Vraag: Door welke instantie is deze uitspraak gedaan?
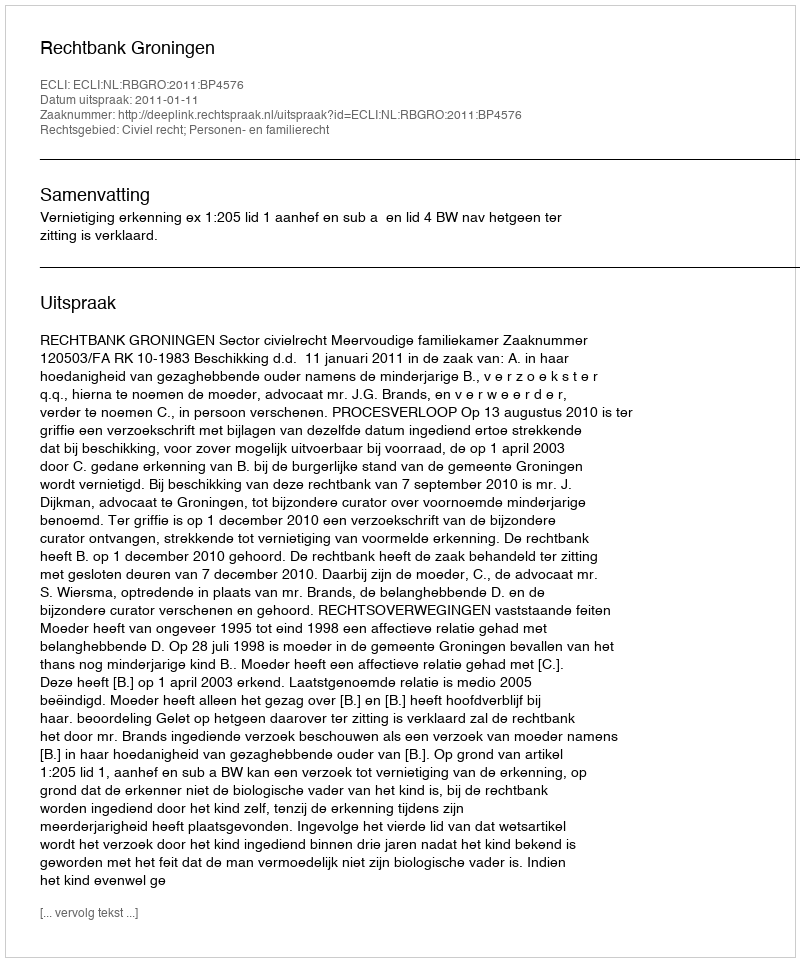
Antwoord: Rechtbank Groningen